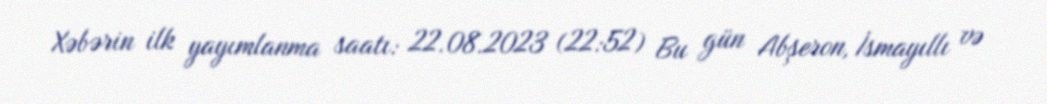
Xəbərin ilk yayımlanma saatı: 22.08.2023 (22:52) Bu gün Abşeron, İsmayıllı və